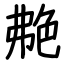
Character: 艴